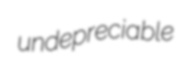
undepreciable